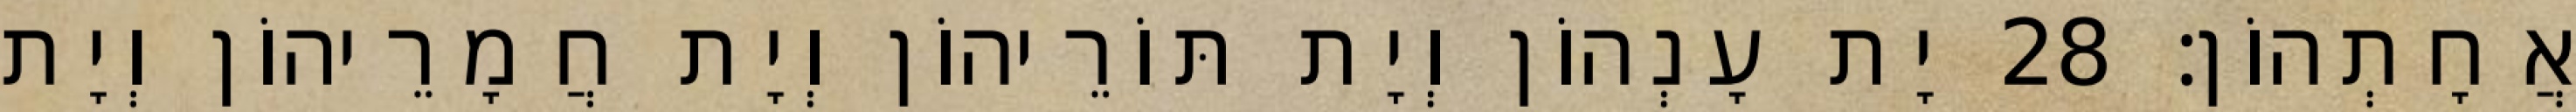
אֲחָתְהוֹן׃ 28 יָת עָנְהוֹן וְיָת תּוֹרֵיהוֹן וְיָת חֲמָרֵיהוֹן וְיָת